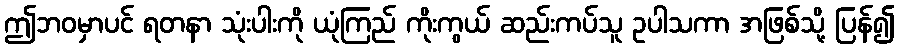
ဤဘဝမှာပင် ရတနာ သုံးပါးကို ယုံကြည် ကိုးကွယ် ဆည်းကပ်သူ ဥပါသကာ အဖြစ်သို့ ပြန်၍